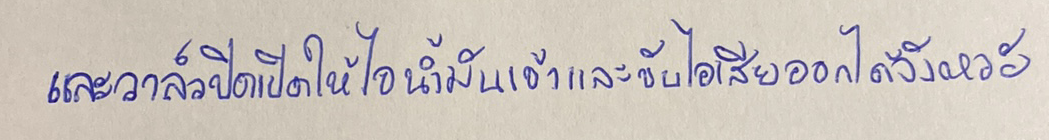
และวาล์วปิดเปิดให้ไอน้ำมันเข้าและขับไอเสียออกได้จังหวะ